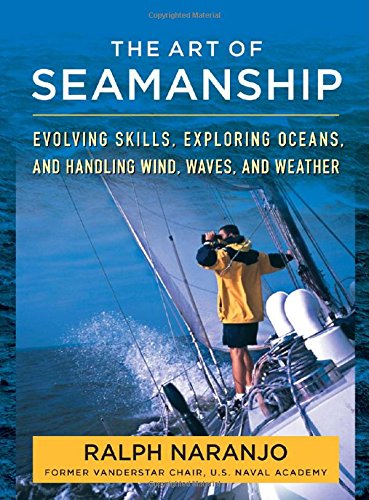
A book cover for The Art of Seamanship: Evolving Skills, Exploring Oceans, and Handling Wind, Waves, and Weather; Ralph Naranjo; Science & Math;